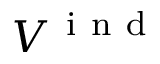
V ^ { \mathrm { ~ i ~ n ~ d ~ } }